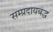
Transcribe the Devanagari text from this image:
सम्प्रदायबद्ध